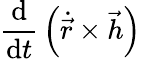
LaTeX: {\frac{\mathrm{d}}{\mathrm{d}t}}\left({\dot{\vec{r}}}\times{\vec{h}}\right)